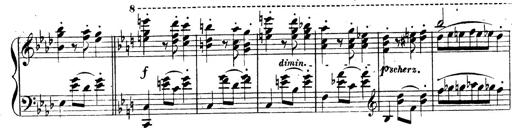
Title: 3 Caprices-Valses
Composer: Franz Liszt